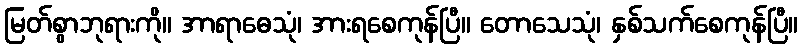
မြတ်စွာဘုရားကို။ အာရာဓေသုံ၊ အားရစေကုန်ပြီ။ တောသေသုံ၊ နှစ်သက်စေကုန်ပြီ။